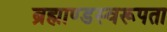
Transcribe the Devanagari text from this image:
ब्रह्माण्डस्वरूपता